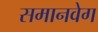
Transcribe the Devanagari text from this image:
समानवेग